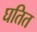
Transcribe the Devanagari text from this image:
घतित